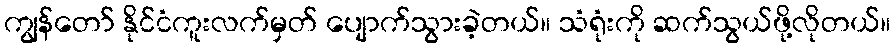
ကျွန်တော် နိုင်ငံကူးလက်မှတ် ပျောက်သွားခဲ့တယ်။ သံရုံးကို ဆက်သွယ်ဖို့လိုတယ်။